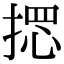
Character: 𢰌